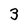
Character: 3